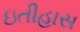
ઇતીહાસ